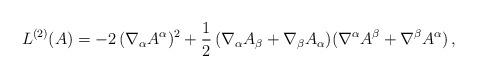
LaTeX: \begin{align*}L^{(2)}(A)=-2\,(\nabla_\alpha A^\alpha)^2+\frac12\,(\nabla_\alpha A_\beta+\nabla_\beta A_\alpha)(\nabla^\alpha A^\beta+\nabla^\beta A^\alpha)\,,\end{align*}